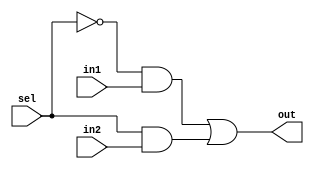
module mux2to1(out, sel, in1, in2);
	input in1, in2;
	input sel;
	output out;
	
	wire n, a1, a2;
	not(n, sel);
	
	and (a1, n, in1);
	and (a2, sel, in2);
	
	or (out, a1, a2);
	
endmodule

module bit8_2to1mux(out, sel, in1, in2);

	output [7:0] out;
	input [7:0] in1, in2;
	input sel;
	
	mux2to1 m1(out[0], sel, in1[0], in2[0]);
	mux2to1 m2(out[1], sel, in1[1], in2[1]);
	mux2to1 m3(out[2], sel, in1[2], in2[2]);
	mux2to1 m4(out[3], sel, in1[3], in2[3]);
	mux2to1 m5(out[4], sel, in1[4], in2[4]);
	mux2to1 m6(out[5], sel, in1[5], in2[5]);
	mux2to1 m7(out[6], sel, in1[6], in2[6]);
	mux2to1 m8(out[7], sel, in1[7], in2[7]);
	
endmodule

module bit8_2to1mux_gen(out, sel, in1, in2);
	input [7:0] in1, in2;
	output [7:0] out;
	input sel;
	genvar j;
	generate for(j = 0; j < 8; j= j + 1) begin: mux_loop
		mux2to1 m1(out[j], sel, in1[j], in2[j]);
	end
	endgenerate
endmodule

module bit32_2to1mux_gen(out, sel, in1, in2);
	input [31:0] in1, in2;
	output [31:0] out;
	input sel;
	genvar j;
	
	generate for(j= 0 ; j < 32; j = j+8) begin: mux_loop
		bit8_2to1mux_gen m1(out[j+7 : j], sel, in1[j+7:j], in2[j+7:j]);
	end
	endgenerate
endmodule


module tb_8bit2to1mux;
	reg [7:0] in1, in2;
	wire [7:0] out;
	reg sel;
	
	//bit8_2to1mux M1(out, sel, in1, in2);
	bit8_2to1mux_gen M1(out, sel, in1, in2);
	
	initial
	begin
		$monitor(,$time, " In1 = %b, In2 = %b, Sel = %b, Out = %b", in1, in2, sel, out);
		in1 = 8'b10101010;
		in2 = 8'b01010101;
		
		sel = 1'b0;
		
		#100 sel = 1'b1;
		#1000 $finish;
	end
endmodule